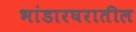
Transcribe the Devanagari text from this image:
भांडारघरातील